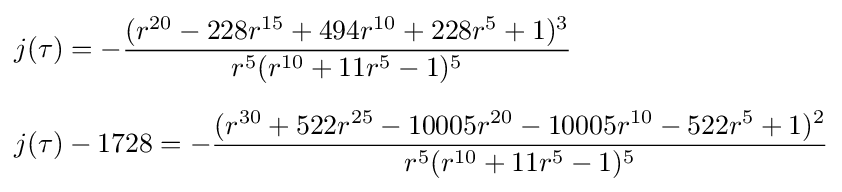
{\begin{aligned}&j(\tau )=-{\frac {(r^{20}-228r^{15}+494r^{10}+228r^{5}+1)^{3}}{r^{5}(r^{10}+11r^{5}-1)^{5}}}\\[6pt]&j(\tau )-1728=-{\frac {(r^{30}+522r^{25}-10005r^{20}-10005r^{10}-522r^{5}+1)^{2}}{r^{5}(r^{10}+11r^{5}-1)^{5}}}\end{aligned}}